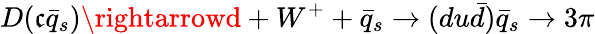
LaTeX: D(\mathfrak{c}\bar{{q}}_{s})\rightarrowd+W^{+}+\bar{{q}}_{s}\rightarrow(du\bar{{d}})\bar{{q}}_{s}\rightarrow3\pi